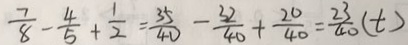
\frac { 7 } { 8 } - \frac { 4 } { 5 } + \frac { 1 } { 2 } = \frac { 3 5 } { 4 0 } - \frac { 3 2 } { 4 0 } + \frac { 2 0 } { 4 0 } = \frac { 2 3 } { 4 0 } ( t )